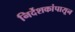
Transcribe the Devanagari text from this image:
निर्देशकांपासून